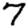
Digit: 7